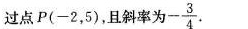
过点P(-2，5)，且斜率为 - \frac{3}{4}